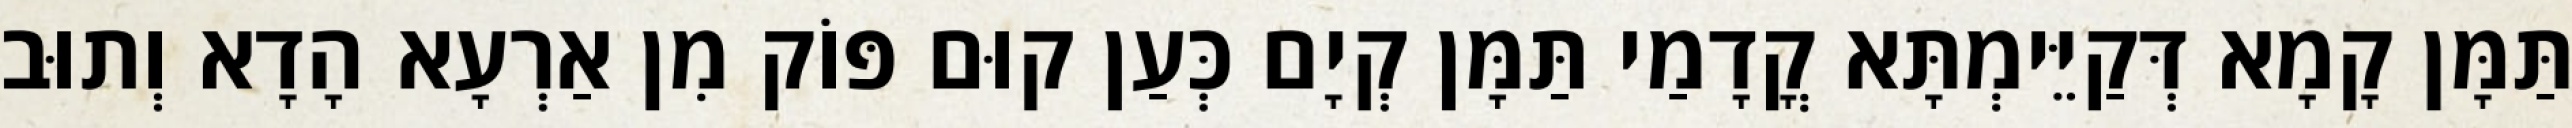
תַּמָּן קָמָא דְּקַיֵּימְתָּא קֳדָמַי תַּמָּן קְיָם כְּעַן קוּם פּוֹק מִן אַרְעָא הָדָא וְתוּב